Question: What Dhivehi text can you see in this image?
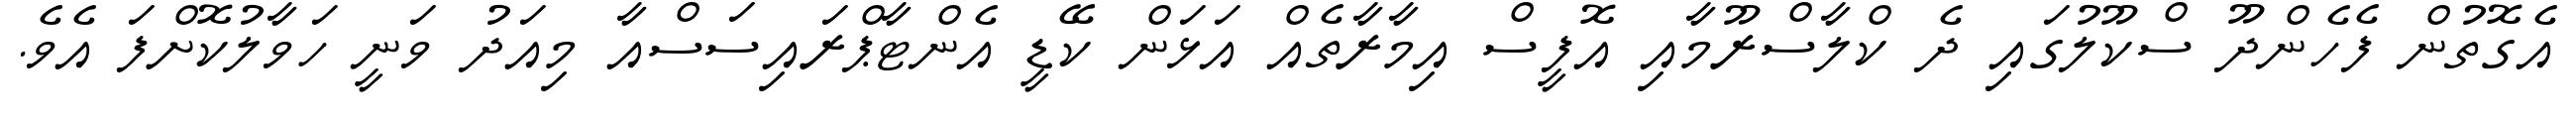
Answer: އެގޮތުން ފެހެންދޫ ސްކޫލުގައި ދެ ކްލާސްރޫމާއި އޮފީސް އިމާރާތެއް އަޅަން ކޭޑީ އެންޓާޕްރައިސަސްއާ މިއަދު ވަނީ ހަވާލުކޮށްފަ އެވެ.